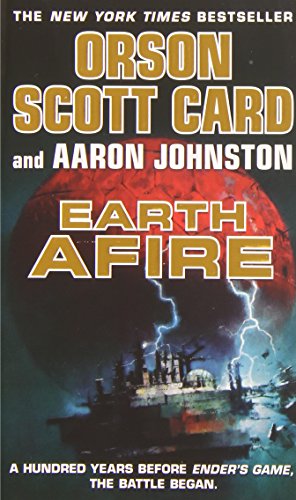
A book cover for Earth Afire (The First Formic War); Orson Scott Card; Science Fiction & Fantasy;